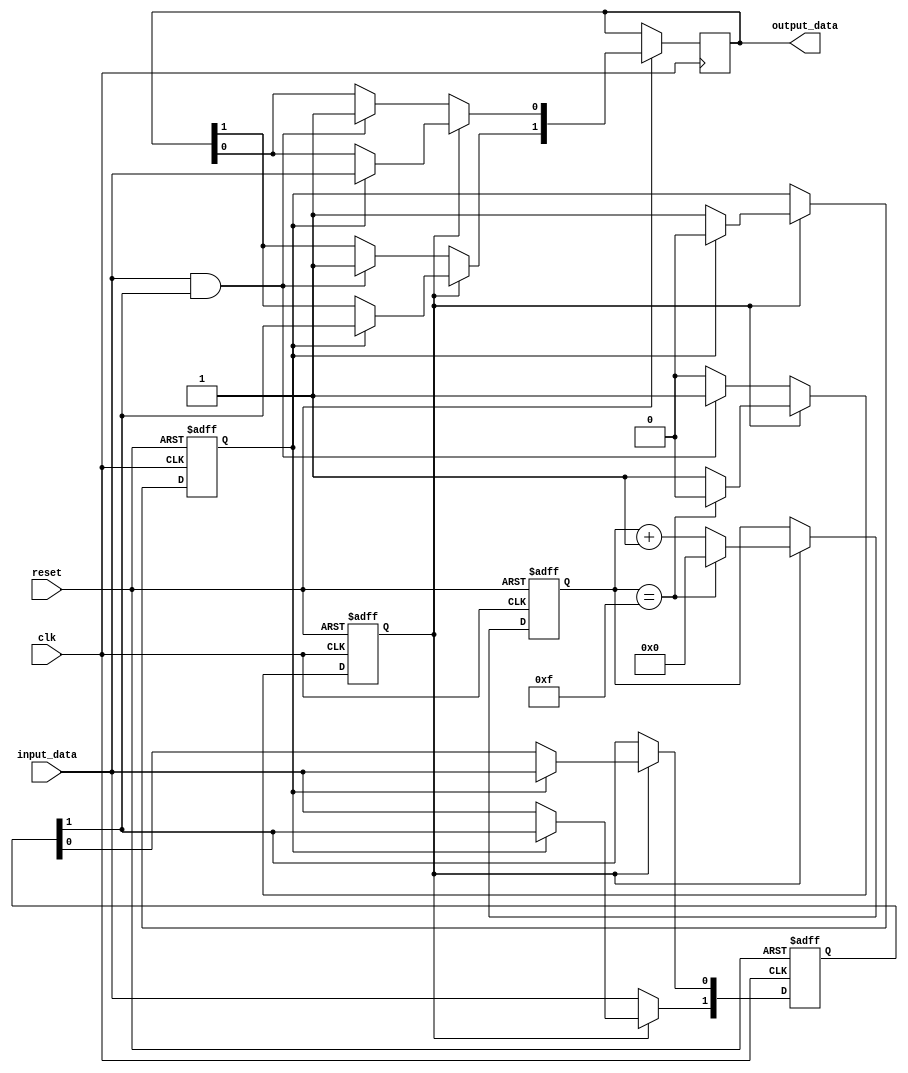
module one2two(reset,input_data,output_data,clk);
	input input_data;
	input clk;
	input reset;
	output reg [1:0]output_data;
	reg [1:0]data;
	reg state;
	reg flag;
	reg [3:0]count;
	initial begin
		count <= 0;
		flag <= 0;
		state <= 0;
		data <= 0;
		output_data <= 0;
	end
	always @(posedge clk or negedge reset) begin
	if(~reset) begin
		count <= 0;
		flag <= 0;
		state <= 0;
		data <= 0;
	end
	else begin
		if (state == 1) begin
			if(count == 4'd15) begin
				count <= 0;
				state <= 0;
			end
			else begin
				count <= count + 1;
			end
			if (flag == 0) begin
				data[1] <= input_data;
				flag <= 1;
			end
			else begin
				data[0] <= input_data;
				flag <= 0;
				output_data[1] <= data[1];
				output_data[0] <= input_data;
			end
		end
		else begin
			if(input_data == 1 && data[1] == 1) begin
				state <= 1;
				output_data <= 2'b11;
			end
			data[1] <= input_data;
			data[0] <= data[1];
		end
	end
	end
endmodule